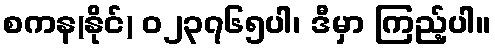
စကန(နိုင်) ၀၂၃၇၆၅ပါ၊ ဒီမှာ ကြည့်ပါ။